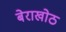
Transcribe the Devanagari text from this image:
बेराखोठ